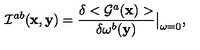
{ \cal I } ^ { a b } ( { \bf x } , { \bf y } ) = \frac { \delta < { \cal G } ^ { a } ( { \bf x } ) > } { \delta \omega ^ { b } ( { \bf y } ) } \big \vert _ { \omega = 0 } ,